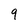
Character: 9